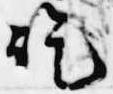
訖